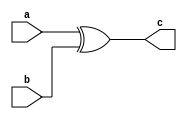
module xor2(c,a,b);
input a,b;
output c;
assign c = a^b;
endmodule